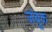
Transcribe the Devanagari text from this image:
जंबूक